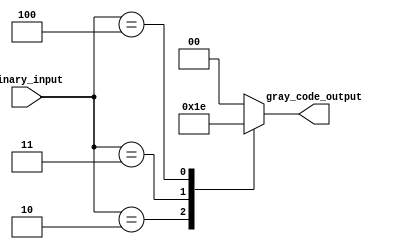
module gray_code_priority_encoder (
    input [3:0] binary_input,
    output reg [1:0] gray_code_output
);

always @(*) begin
    case (binary_input)
        4'b0001: gray_code_output = 2'b00;
        4'b0010: gray_code_output = 2'b01;
        4'b0011: gray_code_output = 2'b11;
        4'b0100: gray_code_output = 2'b10;
        default: gray_code_output = 2'b00;
    endcase
end

endmodule